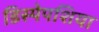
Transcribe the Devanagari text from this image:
डिस्पेपशिया